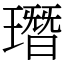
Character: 㻸